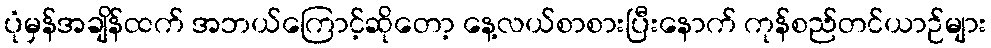
ပုံမှန်အချိန်ထက် အဘယ်ကြောင့်ဆိုတော့ နေ့လယ်စာစားပြီးနောက် ကုန်စည်တင်ယာဉ်များ